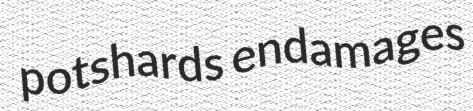
potshards endamages